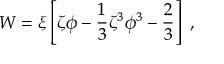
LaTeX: W = \xi \left[ \zeta \phi - { \frac { 1 } { 3 } } \zeta ^ { 3 } \phi ^ { 3 } - { \frac { 2 } { 3 } } \right] ~ ,